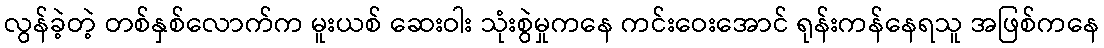
လွန်ခဲ့တဲ့ တစ်နှစ်လောက်က မူးယစ် ဆေးဝါး သုံးစွဲမှုကနေ ကင်းဝေးအောင် ရုန်းကန်နေရသူ အဖြစ်ကနေ